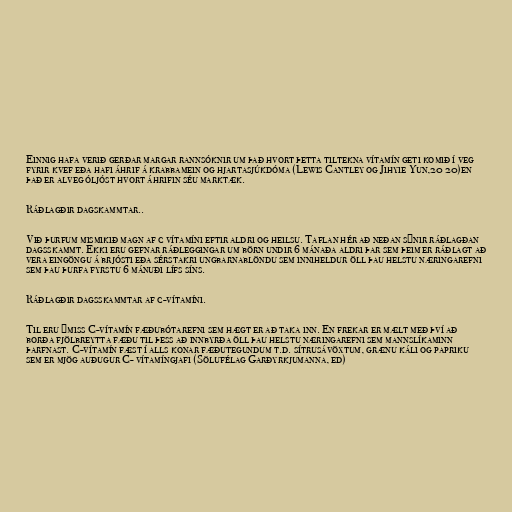
Einnig hafa verið gerðar margar rannsóknir um það hvort þetta tiltekna vítamín geti komið í veg
fyrir kvef eða hafi áhrif á krabbamein og hjartasjúkdóma (Lewis Cantley og Jihyie Yun,20 20)en
það er alveg óljóst hvort áhrifin séu marktæk.

Ráðlagðir dagskammtar..

Við þurfum mismikið magn af c vítamíni eftir aldri og heilsu. Taflan hér að neðan sýnir ráðlagðan
dagsskammt. Ekki eru gefnar ráðleggingar um börn undir 6 mánaða aldri þar sem þeim er ráðlagt að
vera eingöngu á brjósti eða sérstakri ungbarnablöndu sem inniheldur öll þau helstu næringarefni
sem þau þurfa fyrstu 6 mánuði lífs síns.

Ráðlagðir dagsskammtar af c-vítamíni.

Til eru ýmiss C-vítamín fæðubótarefni sem hægt er að taka inn. En frekar er mælt með því að
borða fjölbreytta fæðu til þess að innbyrða öll þau helstu næringarefni sem mannslíkaminn
þarfnast. C-vítamín fæst í alls konar fæðutegundum t.d. sítrusávöxtum, grænu káli og papriku
sem er mjög auðugur C- vítamíngjafi (Sölufélag Garðyrkjumanna, ed)